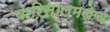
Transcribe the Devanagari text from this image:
बारिसालमधेच